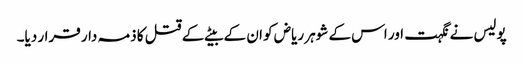
پولیس نے نگہت اور اس کے شوہر ریاض کو ان کے بیٹے کے قتل کا ذمہ دار قرار دیا۔